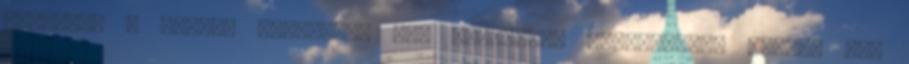
látszik, a titkok átszőtték még szeretett feleségének életét is,